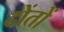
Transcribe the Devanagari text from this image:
दोंतों